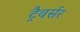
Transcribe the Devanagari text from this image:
ट्रैवर्सर